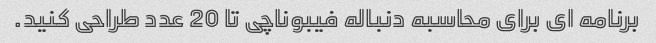
برنامه ای برای محاسبه دنباله فیبوناچی تا 20 عدد طراحی کنید.